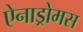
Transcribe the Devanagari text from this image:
ऐनाड्रोमस